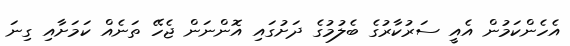
އެހެންކަމުން އެއީ ސަރުކާރުގެ ބެލުމުގެ ދަށުގައި އޮންނަން ޖެހޭ ތަނެއް ކަމަށާއި ގިނަ